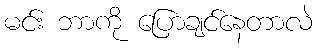
မင်း ဘာကို ပြောချင်နေတာလဲ